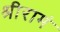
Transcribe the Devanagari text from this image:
श्रीरामं